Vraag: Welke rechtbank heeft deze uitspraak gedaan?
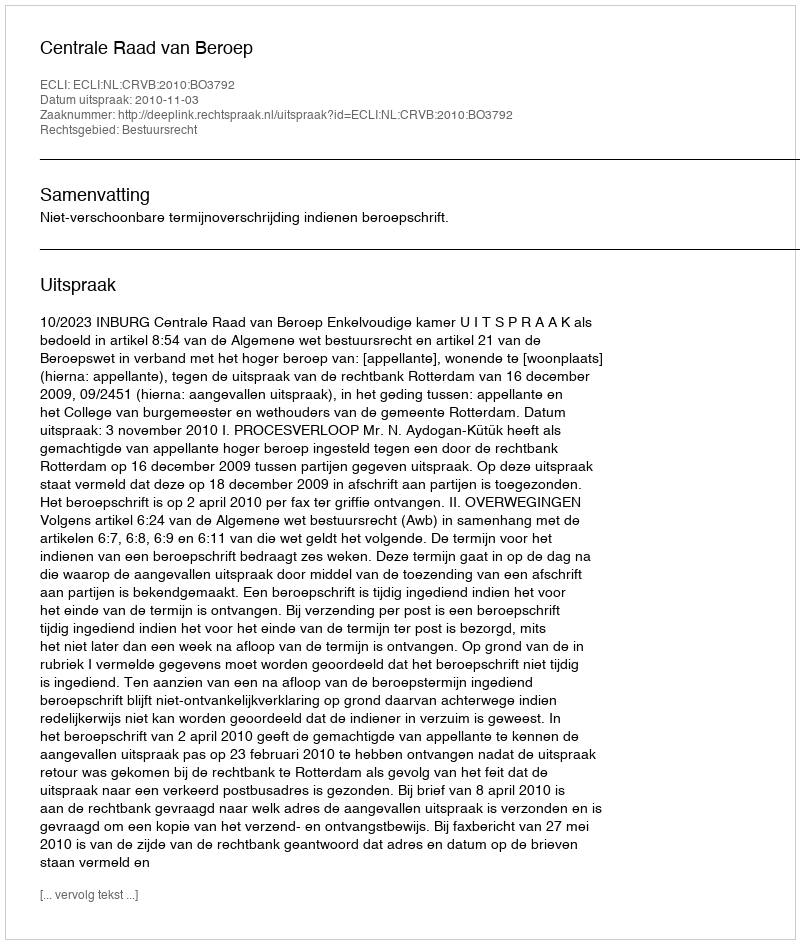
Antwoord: Centrale Raad van Beroep